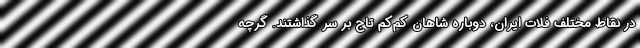
در نقاط مختلف فلات ایران، دوباره شاهان کم‌کم تاج بر سر گذاشتند. گرچه